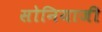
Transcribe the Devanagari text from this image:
सोनियाजी